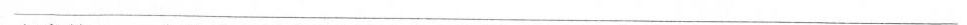
___